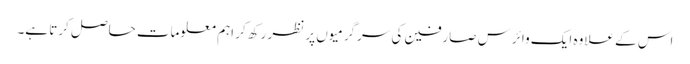
اس کے علاوہ ایک وائرس صارفین کی سرگرمیوں پر نظر رکھ کر اہم معلومات حاصل کرتا ہے۔